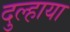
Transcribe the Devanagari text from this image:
दुल्हाया